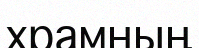
храмның